Laidoner,_Johan, lk 120
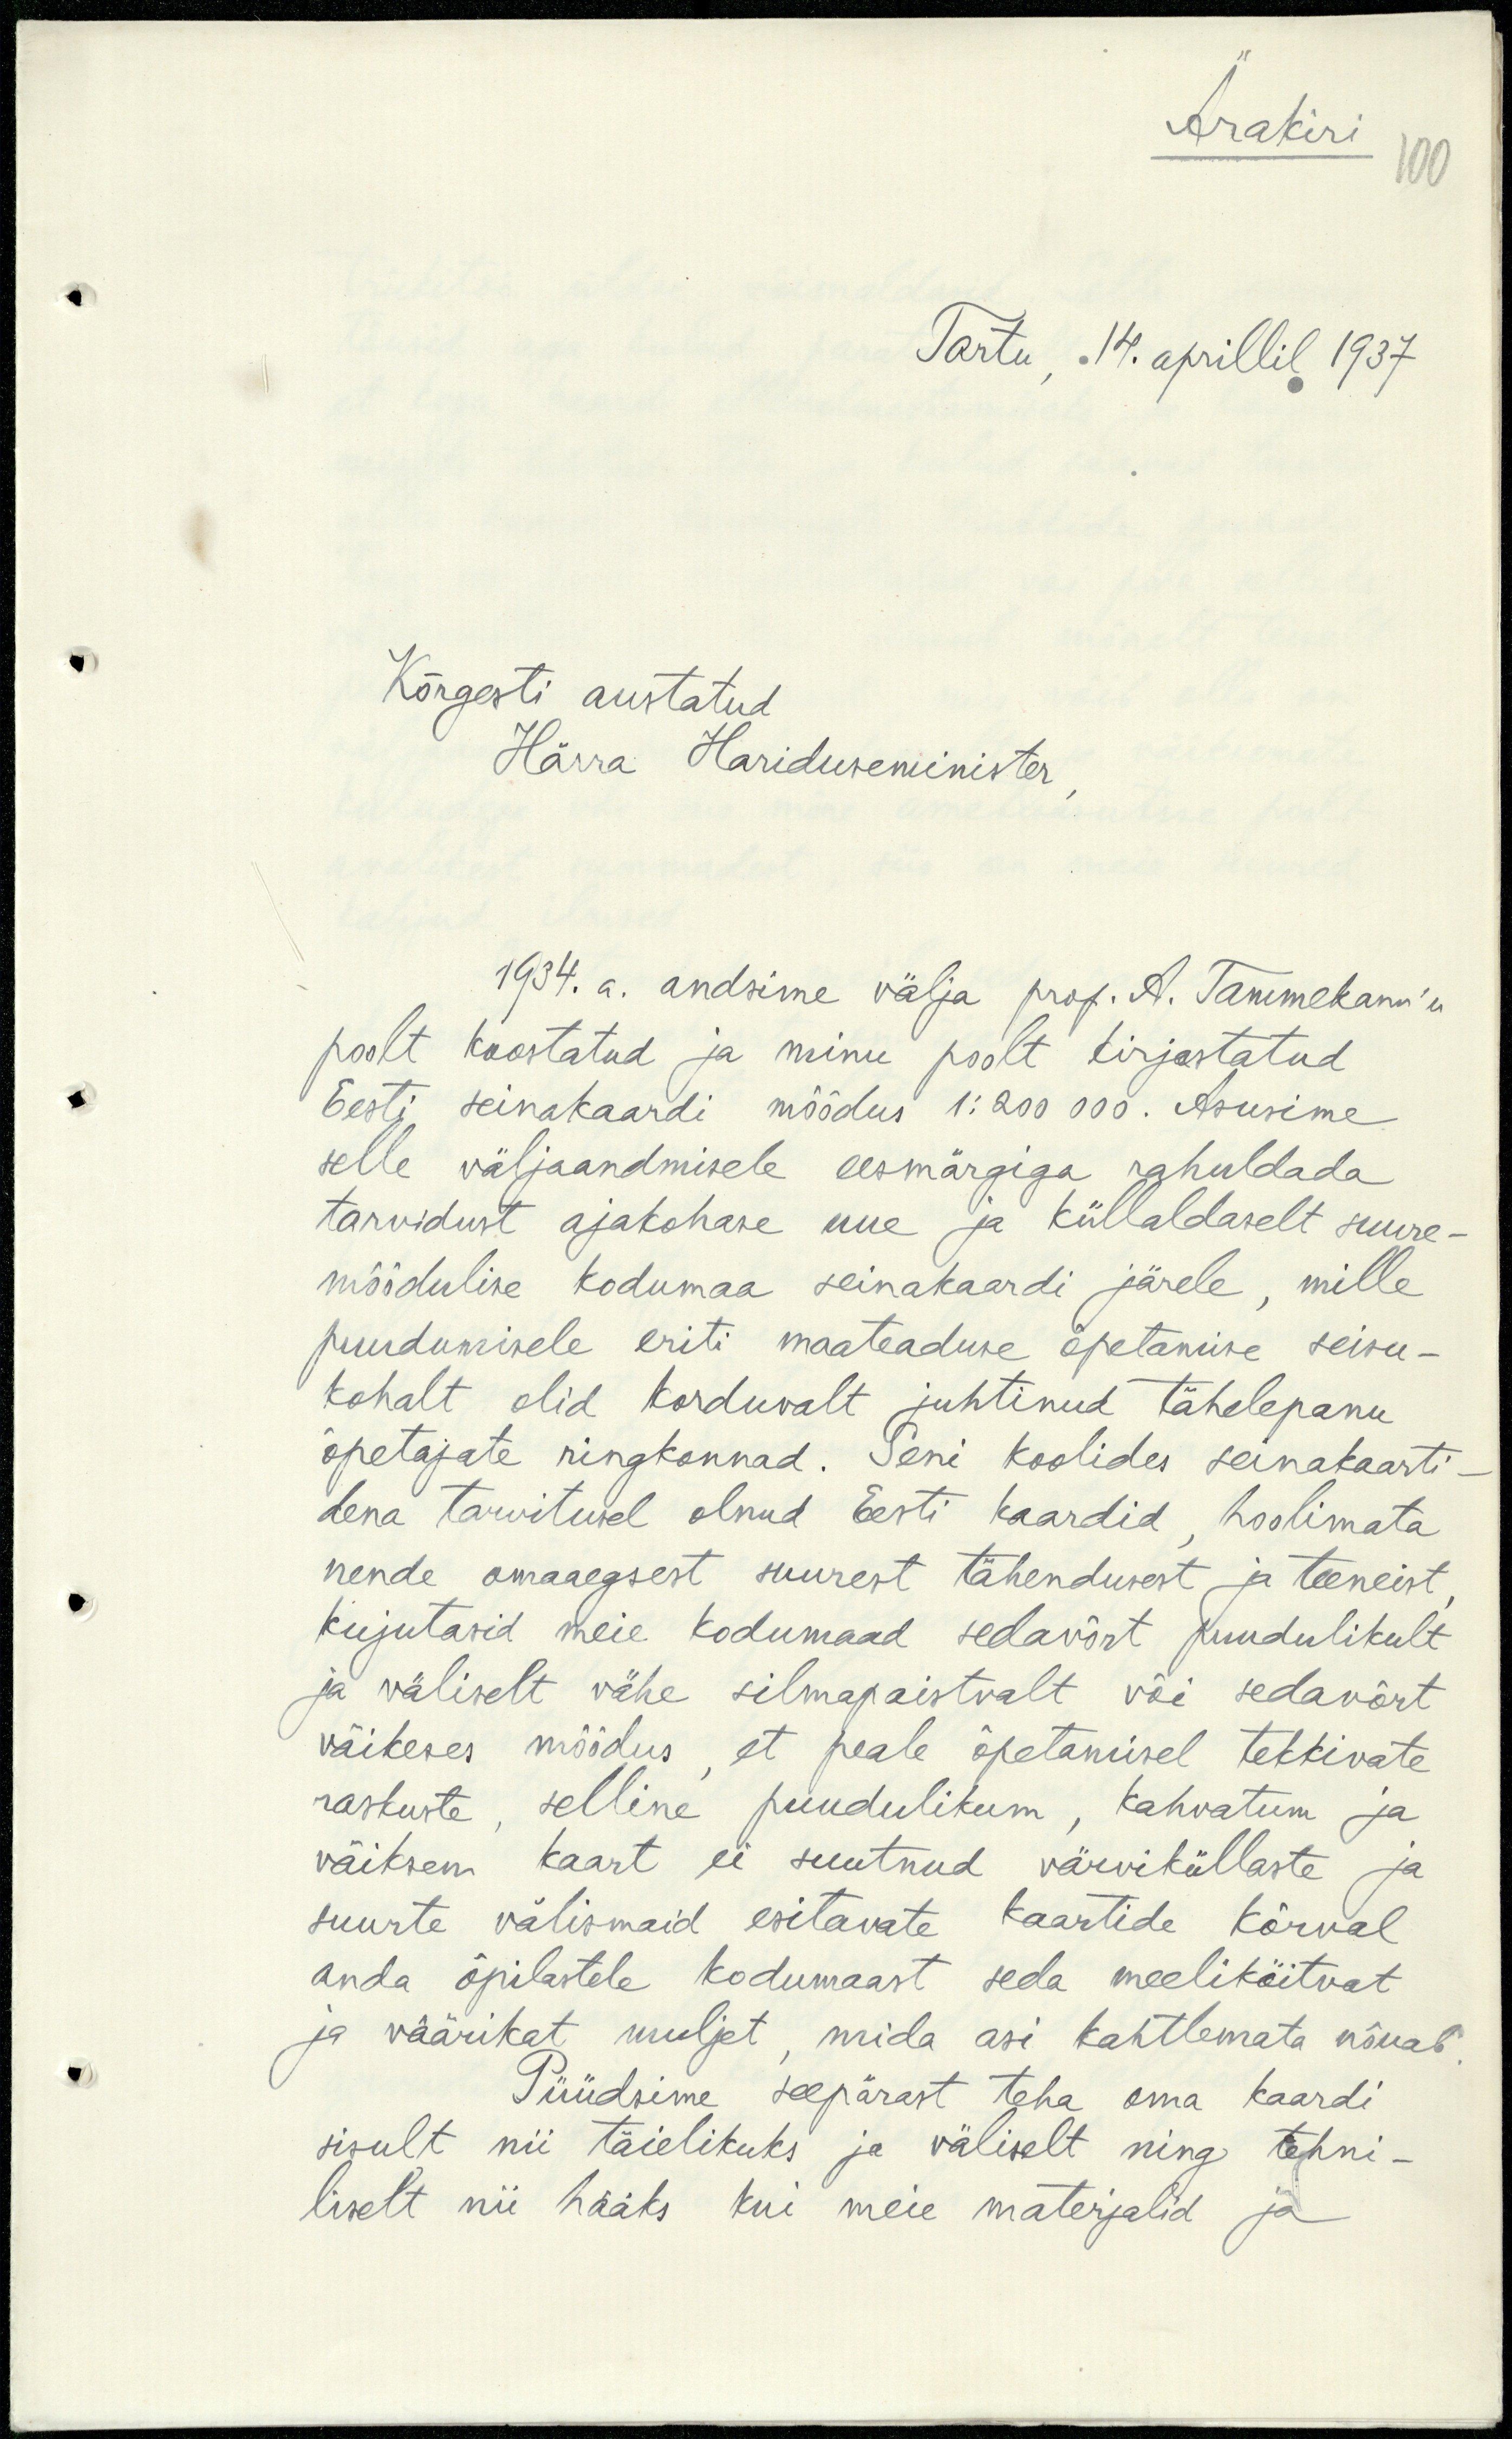
Ärakiri
100
Tartu, 14. aprillil 1937
Kõrgesti austatud
Härra Hariduseminister
1934. a. andsime välja prof. A. Tammekann'le
poolt koostatud ja minu poolt kirjastatud
Eesti seinakaardi mõõdus 1:200 000. Asusime
selle väljaandmisele eesmärgiga rahuldada
tarvidust ajakohase uue ja küllaldaselt suure-
mõõdulise kodumaa seinakaardi järele, mille
puudumisele eriti maateaduse õpetamise seisu-
kohalt olid korduvalt juhtinud tähelepanu
õpetajate ringkonnad. Seni koolides seinakaarti-
dena tarvitusel olnud Eesti kaardid, hoolimata
nende omaaegsest suurest tähendusest ja teeneist
kujutasid meie kodumaad sedavõrt puudulikult
ja väliselt vähe silmapaistvalt või sedavõrt
väikeses mõõdus, et peale õpetamisel tekkivate
raskuste, selline puudulikum, kahvatum ja
väiksem kaart ei suutnud värviküllaste ja
suurte välismaid esitavate kaartide kõrval
anda õpilastele kodumaast seda meeliköitvat
ja väärikat muljet, mida asi kahtlemata nõuab
Püüdsime seepärast teha oma kaardi
sisult nii täielikuks ja väliselt ning tehni-
liselt nii hääks kui meie materjalid ja